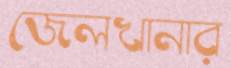
জেলখানার